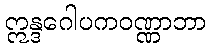
ဣန္ဒဂေါပကဝဏ္ဏာဘာ